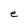
Character: e